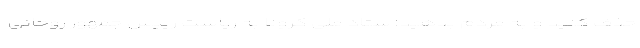
حذف کنید و به مردم بدهید! ستاد ملی کرونا به ریاست رییس جمهور روحانی